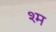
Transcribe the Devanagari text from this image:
श्म